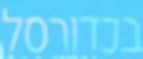
בכדורסל